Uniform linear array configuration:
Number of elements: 8
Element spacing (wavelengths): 0.75
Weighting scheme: hann
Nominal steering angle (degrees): -30
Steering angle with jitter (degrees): -29.003
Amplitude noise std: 0.05
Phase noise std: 0.05

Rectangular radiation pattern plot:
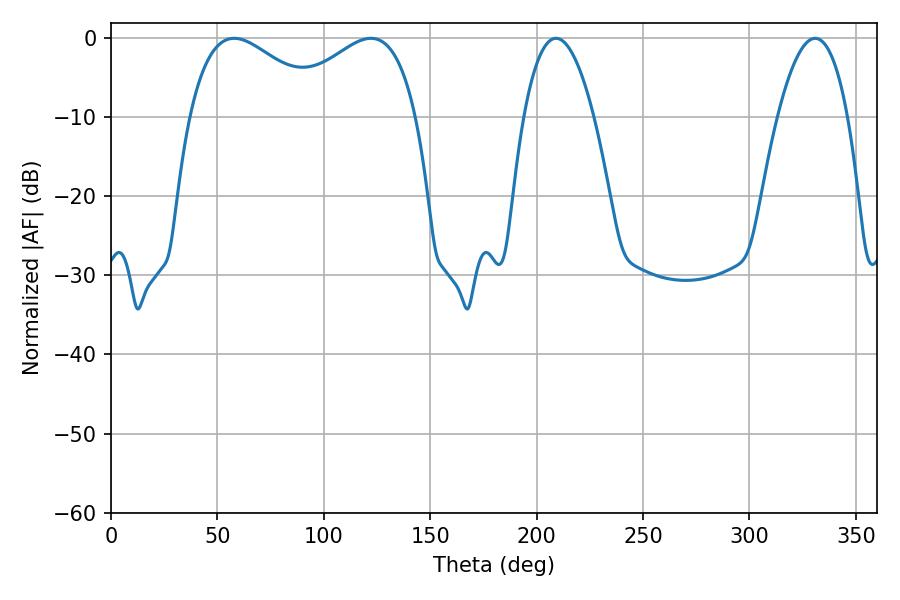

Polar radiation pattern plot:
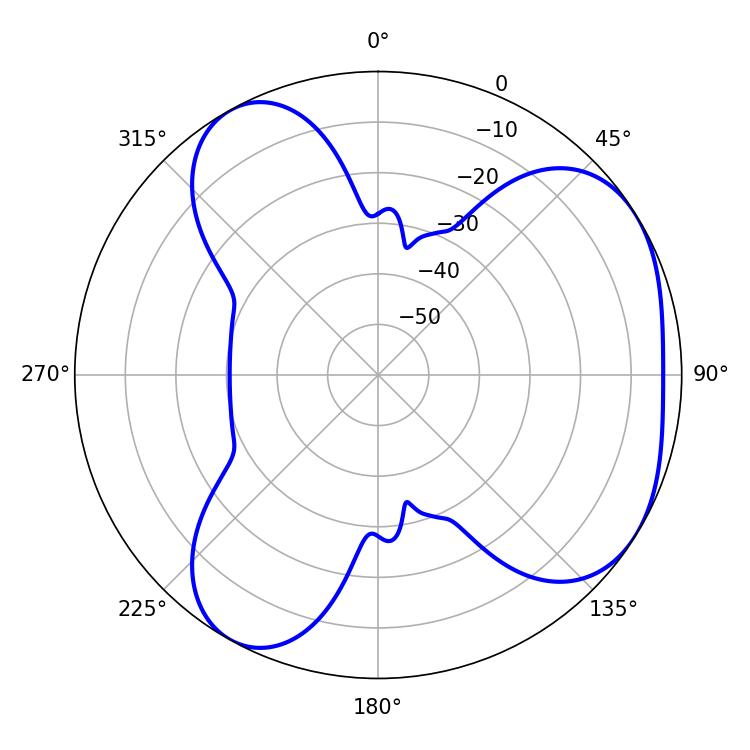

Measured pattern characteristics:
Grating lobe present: TRUE
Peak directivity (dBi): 4.472
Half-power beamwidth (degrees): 18.36
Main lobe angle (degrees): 209.16